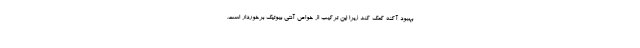
بهبود آکنه کمک کند زیرا این ترکیب از خواص آنتی بیوتیک برخوردار است.